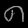
Digit: ၈